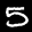
Label: 5